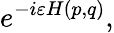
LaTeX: e^{-i\varepsilon H(p,q)},